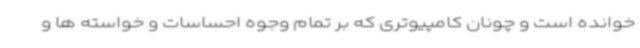
خوانده است و چونان کامپیوتری که بر تمام وجوه احساسات و خواسته ها و